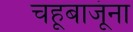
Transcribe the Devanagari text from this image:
चहूबाजूंना